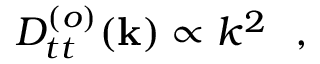
\begin{array} { r } { D _ { t t } ^ { ( o ) } ( { \bf k } ) \propto k ^ { 2 } ~ ~ , } \end{array}